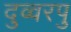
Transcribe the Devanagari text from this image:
दुव्वरपु